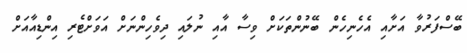
ބޭސްފަރުވާ އަށާއި އެހެނިހެން ބޭނުންތަކަށް ވިސާ އާއި ނުލައި ދިވެހިންނަށް އަވަށްޓެރި އިންޑިއާއަށް